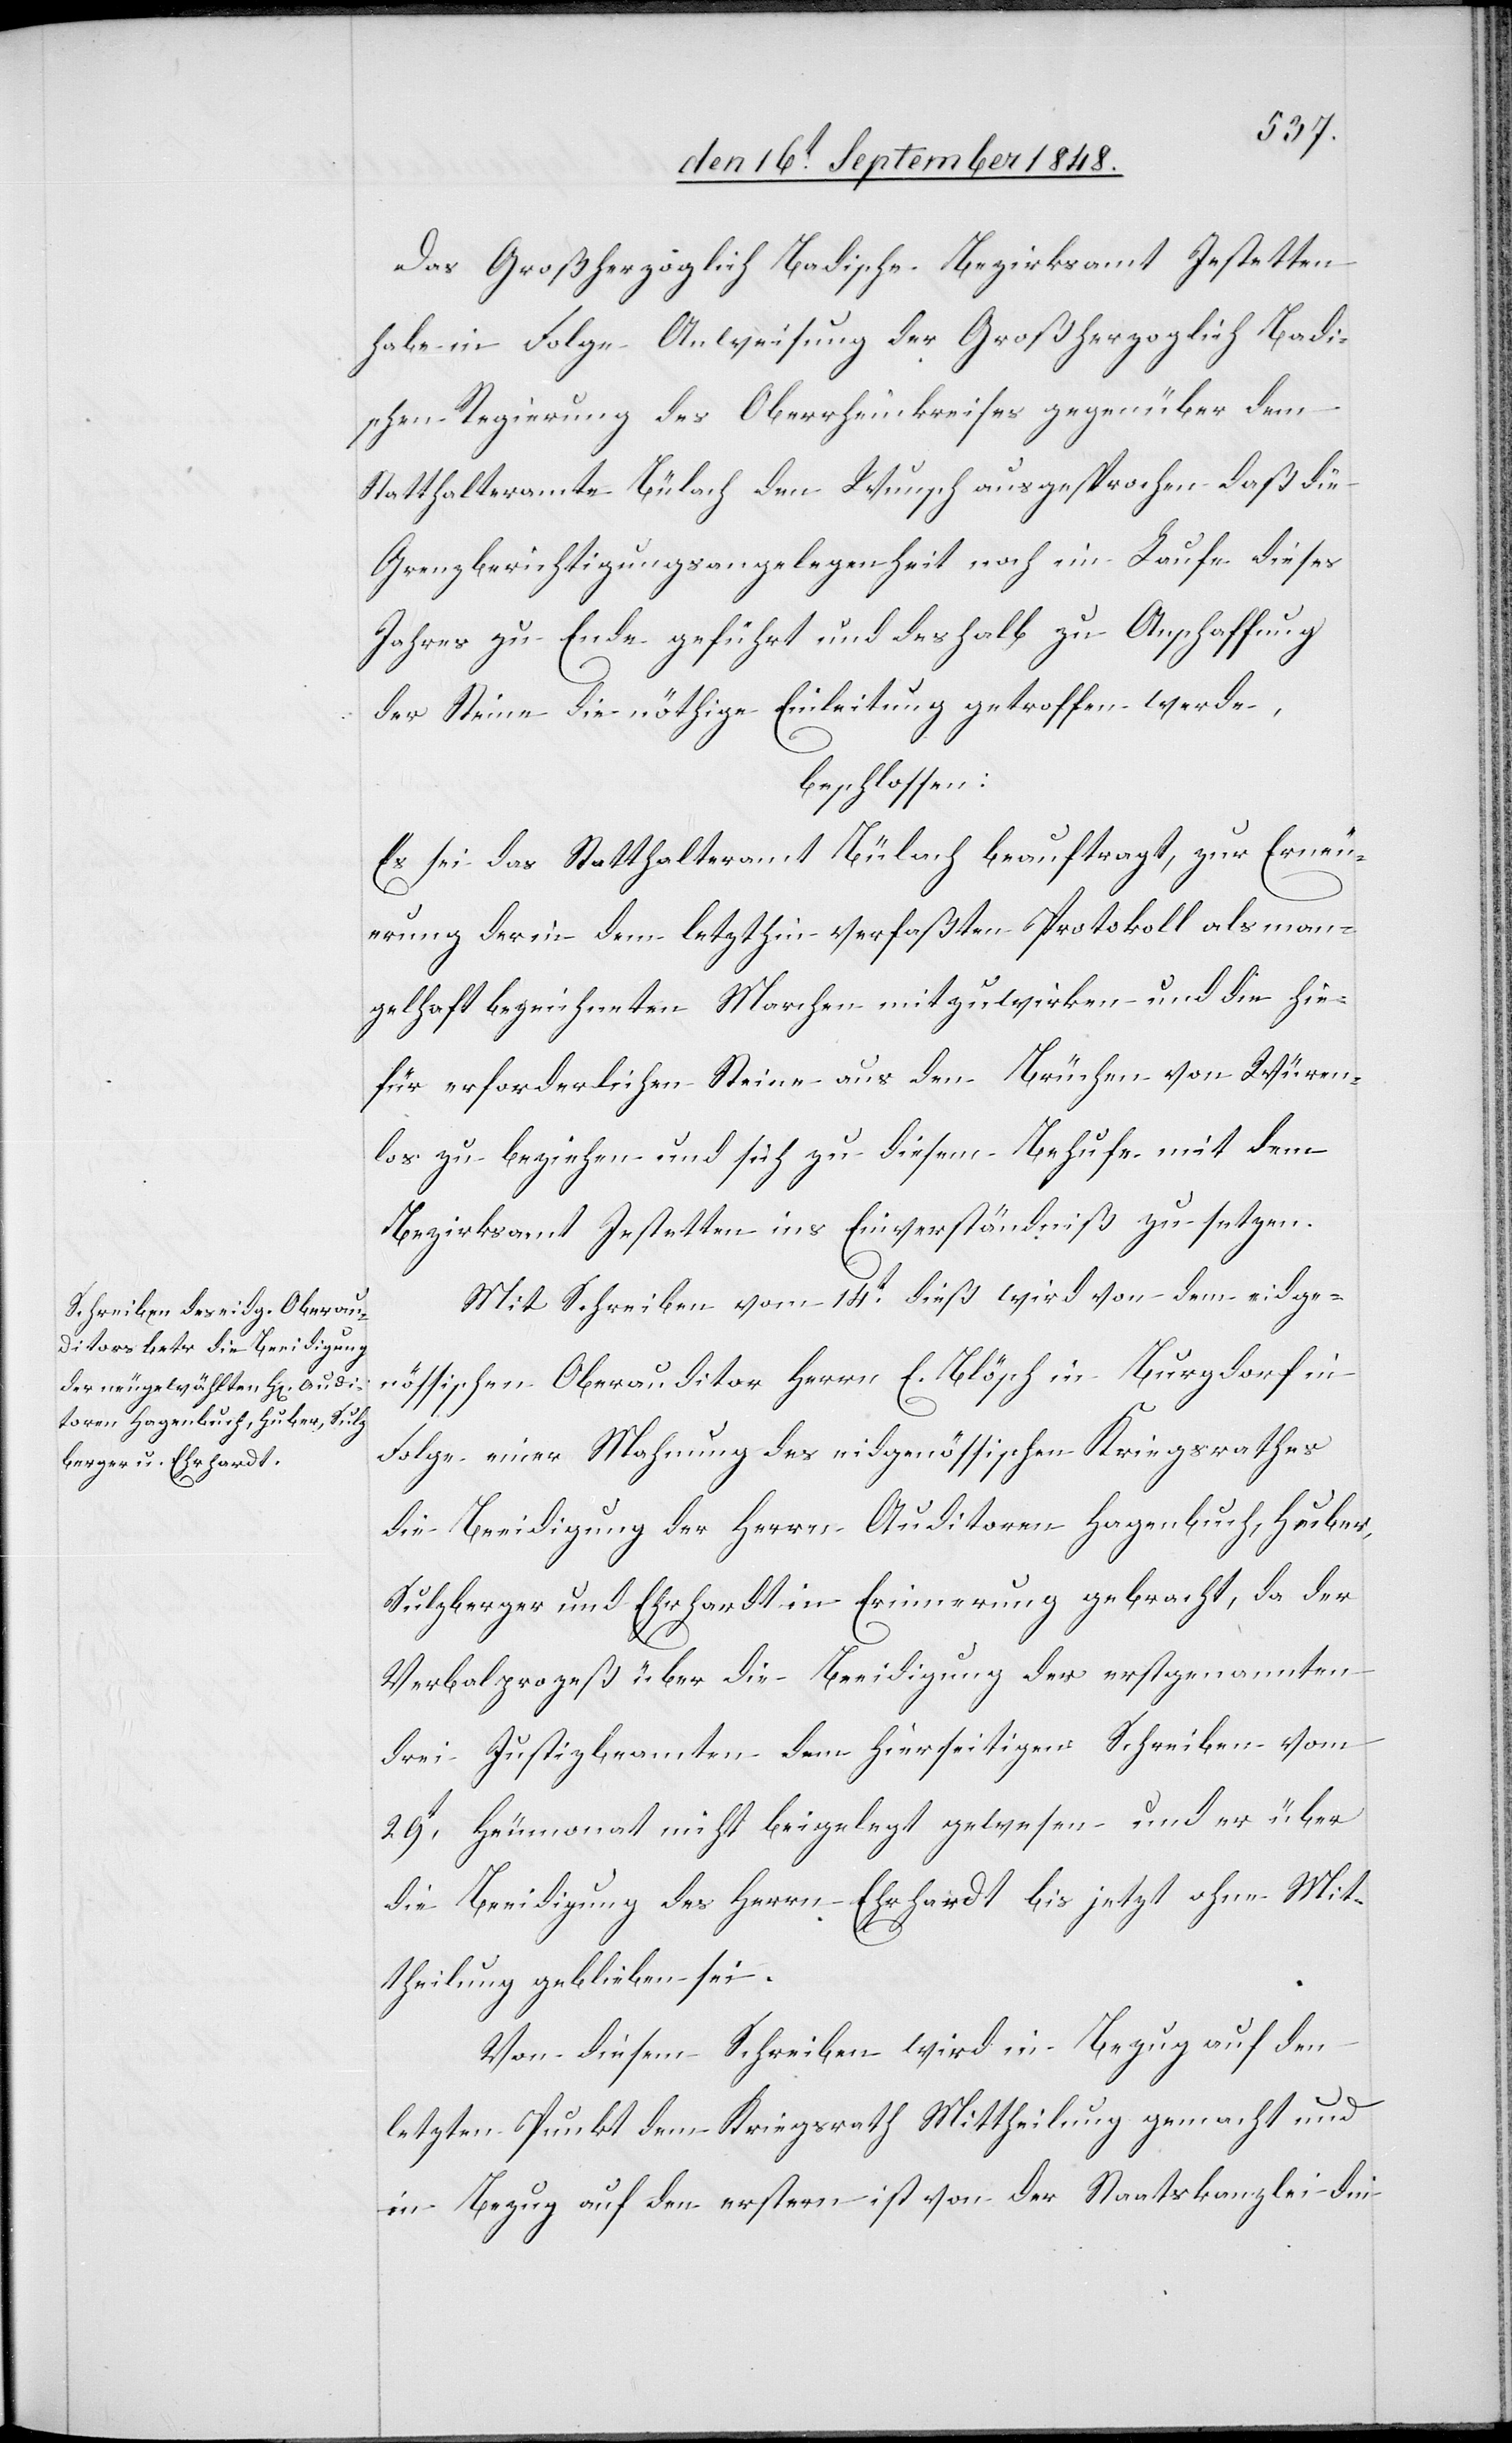
Das Großherzoglich Badische Bezirksamt Jestetten
habe in Folge Anweisung der Großherzoglich Badi¬
schen Regierung des Oberrheinkreises gegenüber dem
Statthalteramte Bülach den Wunsch ausgesprochen daß die
Grenzberichtigungsangelegenheit noch im Laufe dieses
Jahres zu Ende geführt und das halb zu Anschaffung
der Steine die nöthige Einleitung getroffen werde,
beschlossen:
Es sei das Statthalteramt Bülach beauftragt, zur Erneu¬
erung der in dem letzthin verfaßten Protokoll als man¬
gelhaft bezeichneten Marchen mitzuwirken und die hie¬
für erforderlichen Steine aus den Brüchen von Würen¬
los zu beziehen und sich zu diesem Behufe mit dem
Bezirksamt Jestetten in Einverständniß zu setzen.
Mit Schreiben vom 14t dieß wird von dem eidge¬
nössischen Oberauditor Herrn E. Blösch in Burgdorf in
Folge einer Mahnung des eidgenössischen Kriegsrathes
die Beeidigung des Herrn Auditoren Hagenbuch, Huber,
Sulzberger und Ehrhardt in Erinnerung gebracht, da der
Verbalprozeß über die Beeidigung der erstgenannten
drei Justizbeamten dem hierseitigen Schreiben vom
29t Heumonat nicht beigelegt gewesen und er über
die Beeidigung des Herrn Ehrhardt bis jetzt ohne Mit¬
theilung geblieben sei.
Von diesem Schreiben wird in Bezug auf den
letzten Punkt dem Kriegsrath Mittheilung gemacht und
in Bezug auf den erstern ist von der Staatskanzlei die